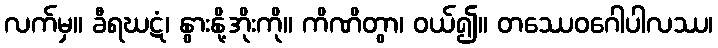
လက်မှ။ ခီရဃဋံ၊ နွားနို့အိုးကို။ ကိဏိတွာ၊ ဝယ်၍။ တဿေဝဂေါပါလဿ၊